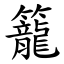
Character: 籠